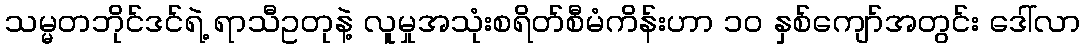
သမ္မတဘိုင်ဒင်ရဲ့ ရာသီဥတုနဲ့ လူမှုအသုံးစရိတ်စီမံကိန်းဟာ ၁၀ နှစ်ကျော်အတွင်း ဒေါ်လာ